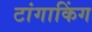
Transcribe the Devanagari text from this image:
टांगाकिंग